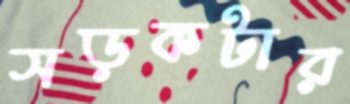
সড়কটার